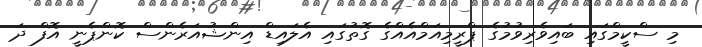
މި ސްކީމްގައި ބައިވެރިވުމުގެ ޕްރީމިއަމްއެއްގެ ގޮތުގައި އެލައިޑް އިންޝުއަރެންސް ކޮންޕެނީ އޮފް ދަ